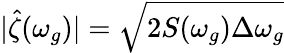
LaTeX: |\hat{\zeta}(\omega_{g})|=\sqrt{2S(\omega_{g})\Delta\omega_{g}}